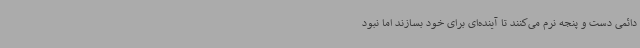
دائمی دست و پنجه نرم می‌کنند تا آینده‌ای برای خود بسازند اما نبود